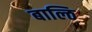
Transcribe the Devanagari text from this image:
बाल्ठि